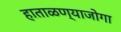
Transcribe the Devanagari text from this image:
हाताळण्याजोगा